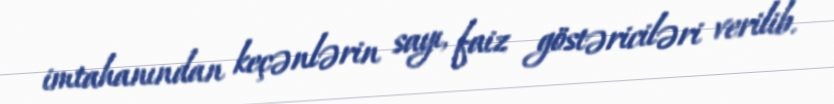
imtahanından keçənlərin sayı, faiz göstəriciləri verilib.